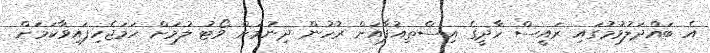
އެ ބައްދަލުވުމުގައި ރައީސް ހާދީގެ އިސްތިއުފާއަށް ރުހުން ދިނުމަށް ވޯޓު ލުމަށް ހަމަޖެހިފައިވާކަމަށް